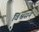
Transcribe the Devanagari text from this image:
विश्वसन